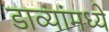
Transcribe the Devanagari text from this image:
डाव्यांमध्ये